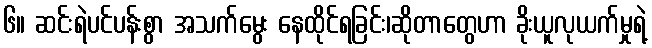
၆။ ဆင်းရဲပင်ပန်းစွာ အသက်မွေး နေထိုင်ရခြင်း၊ဆိုတာတွေဟာ ခိုးယူလုယက်မှုရဲ့